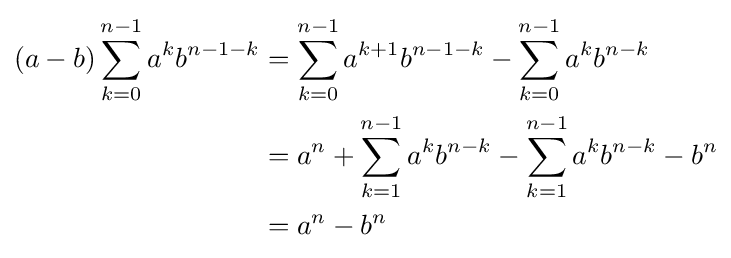
{\begin{aligned}(a-b)\sum _{k=0}^{n-1}a^{k}b^{n-1-k}&=\sum _{k=0}^{n-1}a^{k+1}b^{n-1-k}-\sum _{k=0}^{n-1}a^{k}b^{n-k}\\&=a^{n}+\sum _{k=1}^{n-1}a^{k}b^{n-k}-\sum _{k=1}^{n-1}a^{k}b^{n-k}-b^{n}\\&=a^{n}-b^{n}\end{aligned}}